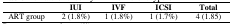
|  | IUI | IVF | ICSI | Total |
 | --- | --- | --- | --- | --- |
 | ART group | 2 (1.8%) | 1 (1.8%) | 1 (1.7%) | 4 (1.85) |